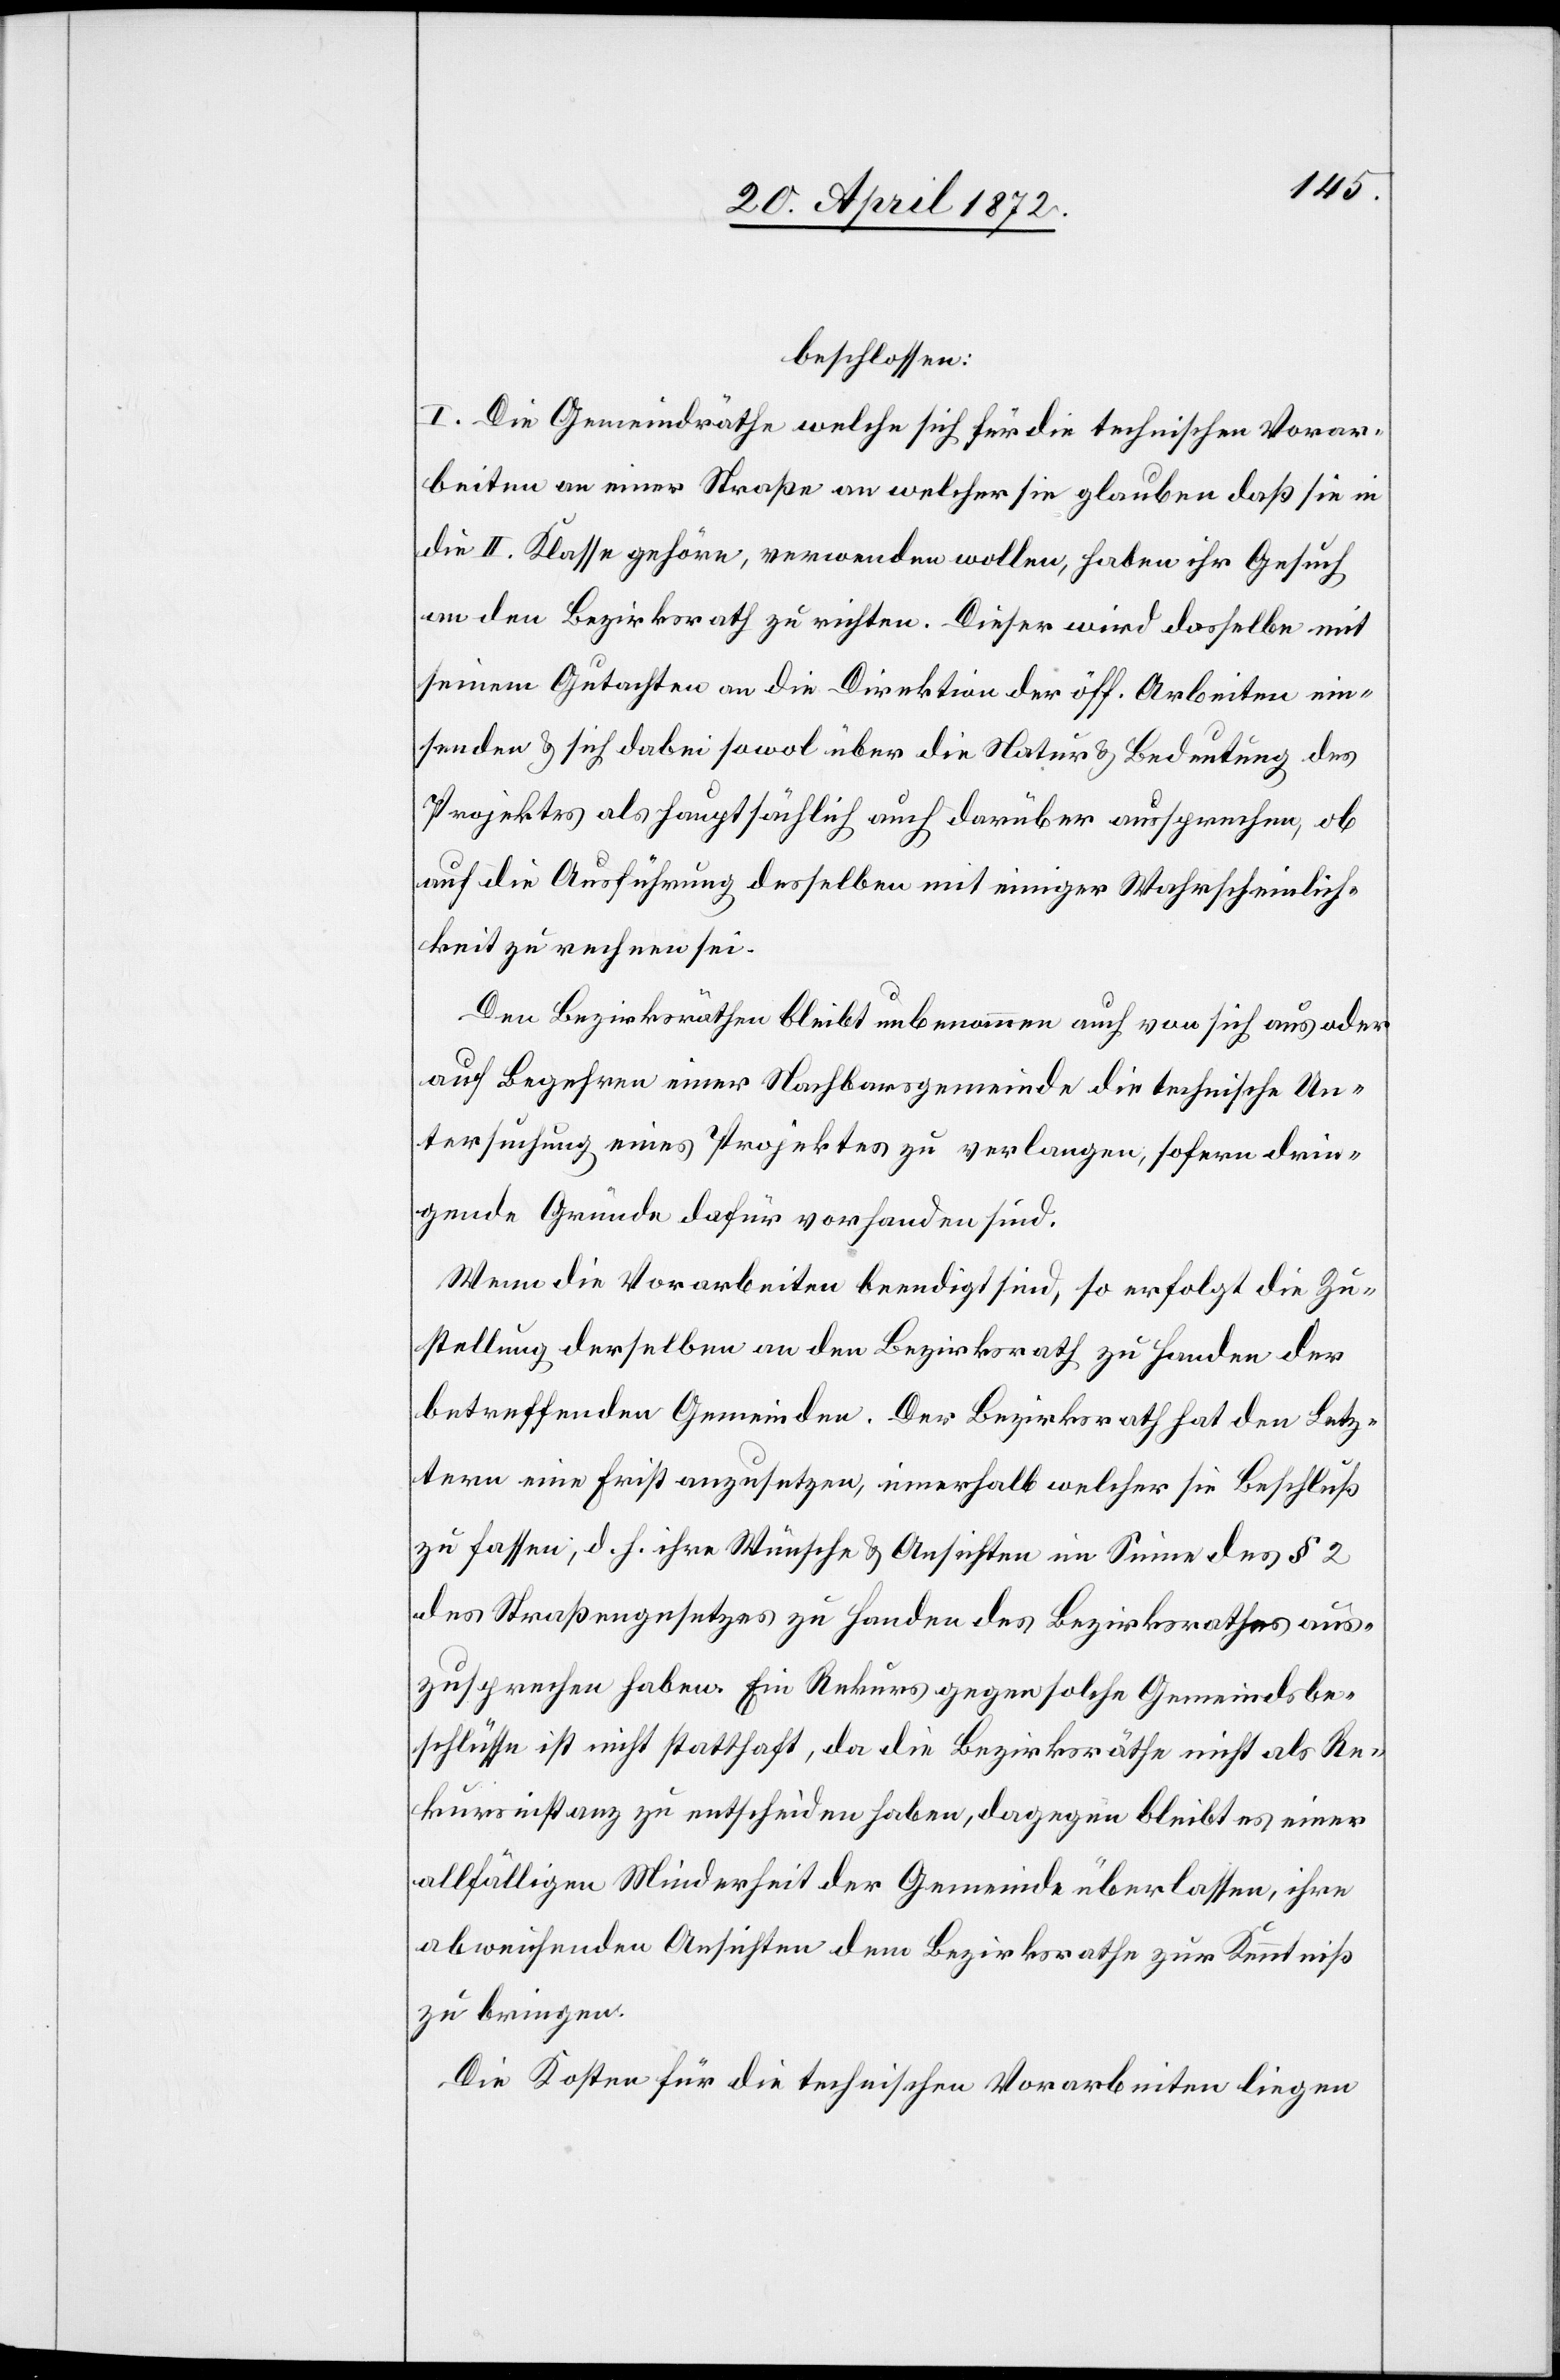
beschlossen:
I. Die Gemeindräthe welche sich für die technischen Vorar¬
beiten an einer Straße an welcher sie glauben [sic!] daß sie in
die II. Klasse gehöre, verwenden wollen, haben ihr Gesuch
an den Bezirksrath zu richten. Dieser wird dasselbe mit
seinem Gutachten an die Direktion der öff. Arbeiten ein¬
senden u. sich dabei sowol über die Natur u. Bedeutung des
Projektes als hauptsächlich auch darüber aussprechen, ob
auf die Ausführung desselben mit einiger Wahrscheinlich¬
keit zu rechnen sei.
Den Bezirksräthen bleibt unbenommen auch von sich aus oder
auf Begehren einer Nachbarsgemeinde die technische Un¬
tersuchung eines Projektes zu verlangen, sofern drin¬
gende Gründe dafür vorhanden sind.
Wenn die Vorarbeiten beendigt sind, so erfolgt die Zu¬
stellung derselben an den Bezirksrath zu Handen der
betreffenden Gemeinden. Der Bezirksrath hat den Letz¬
tern eine Frist anzusetzen, innerhalb welcher sie Beschluß
zu fassen, d. h. ihre Wünsche u. Ansichten im Sinne des § 2
des Straßengesetzes zu Handen des Bezirksrathes aus¬
zusprechen haben. Ein Rekurs gegen solche Gemeindsbe¬
schlüsse ist nicht statthaft, da die Bezirksräthe nicht als Re¬
kursinstanz zu entscheiden haben, dagegen bleibt es einer
allfälligen Minderheit der Gemeinde überlassen, ihre
abweichenden Ansichten dem Bezirksrathe zur Kenntniß
zu bringen.
Die Kosten für die technischen Vorarbeiten liegen